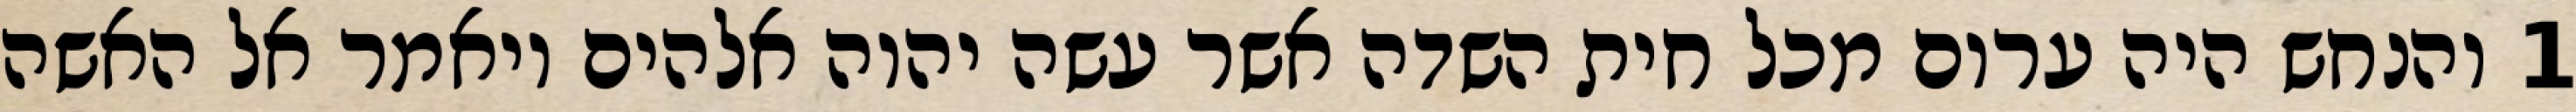
1 והנחש היה ערום מכל חית השדה אשר עשה יהוה אלהים ויאמר אל האשה